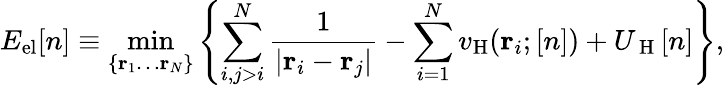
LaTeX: E_{\mathrm{el}}[n]\equiv\operatorname*{min}_{\{ \mathbf{r}_{1}\dots\mathbf{r}_{N}\} }\left\{ \sum_{i,j>i}^{N}\frac{1}{|\mathbf{r}_{i}-\mathbf{r}_{j}|}-\sum_{i=1}^{N}v_{\mathrm{H}}(\mathbf{r}_{i};[n])+U_{\mathrm{~H~}}[n]\right\} ,